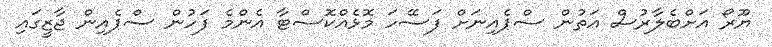
ޔޫރޯ އަށްބެލާރުސް އަތުން ސްޕެއިނަށް ފަސޭހަ މޮޅެއްކޮސްޓާ އެންމެ ފަހުން ސްޕެއިން ޖާޒީގައި